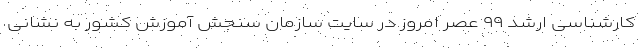
کارشناسی ارشد ۹۹ عصر امروز در سایت سازمان سنجش آموزش کشور به نشانی